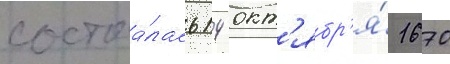
состоа́лась 14 окт'ябр'я́ 1670